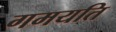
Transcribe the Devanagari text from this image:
गमयति